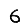
Digit: 6